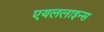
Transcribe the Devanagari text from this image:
एयललाइन्स